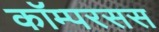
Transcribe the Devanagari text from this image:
कॉम्परसस